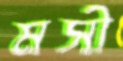
মসী